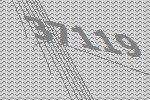
37119